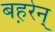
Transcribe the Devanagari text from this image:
बह़रेन्